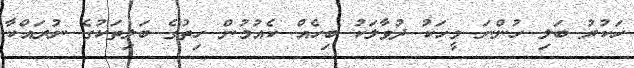
ހަކުރު ބަލި ހުންނަ މީހަކު ދުވާލަކު ބިހެއް ކެއުމުން ހިތުގެ ބަލިތަކުގެ ނުރައްކާ